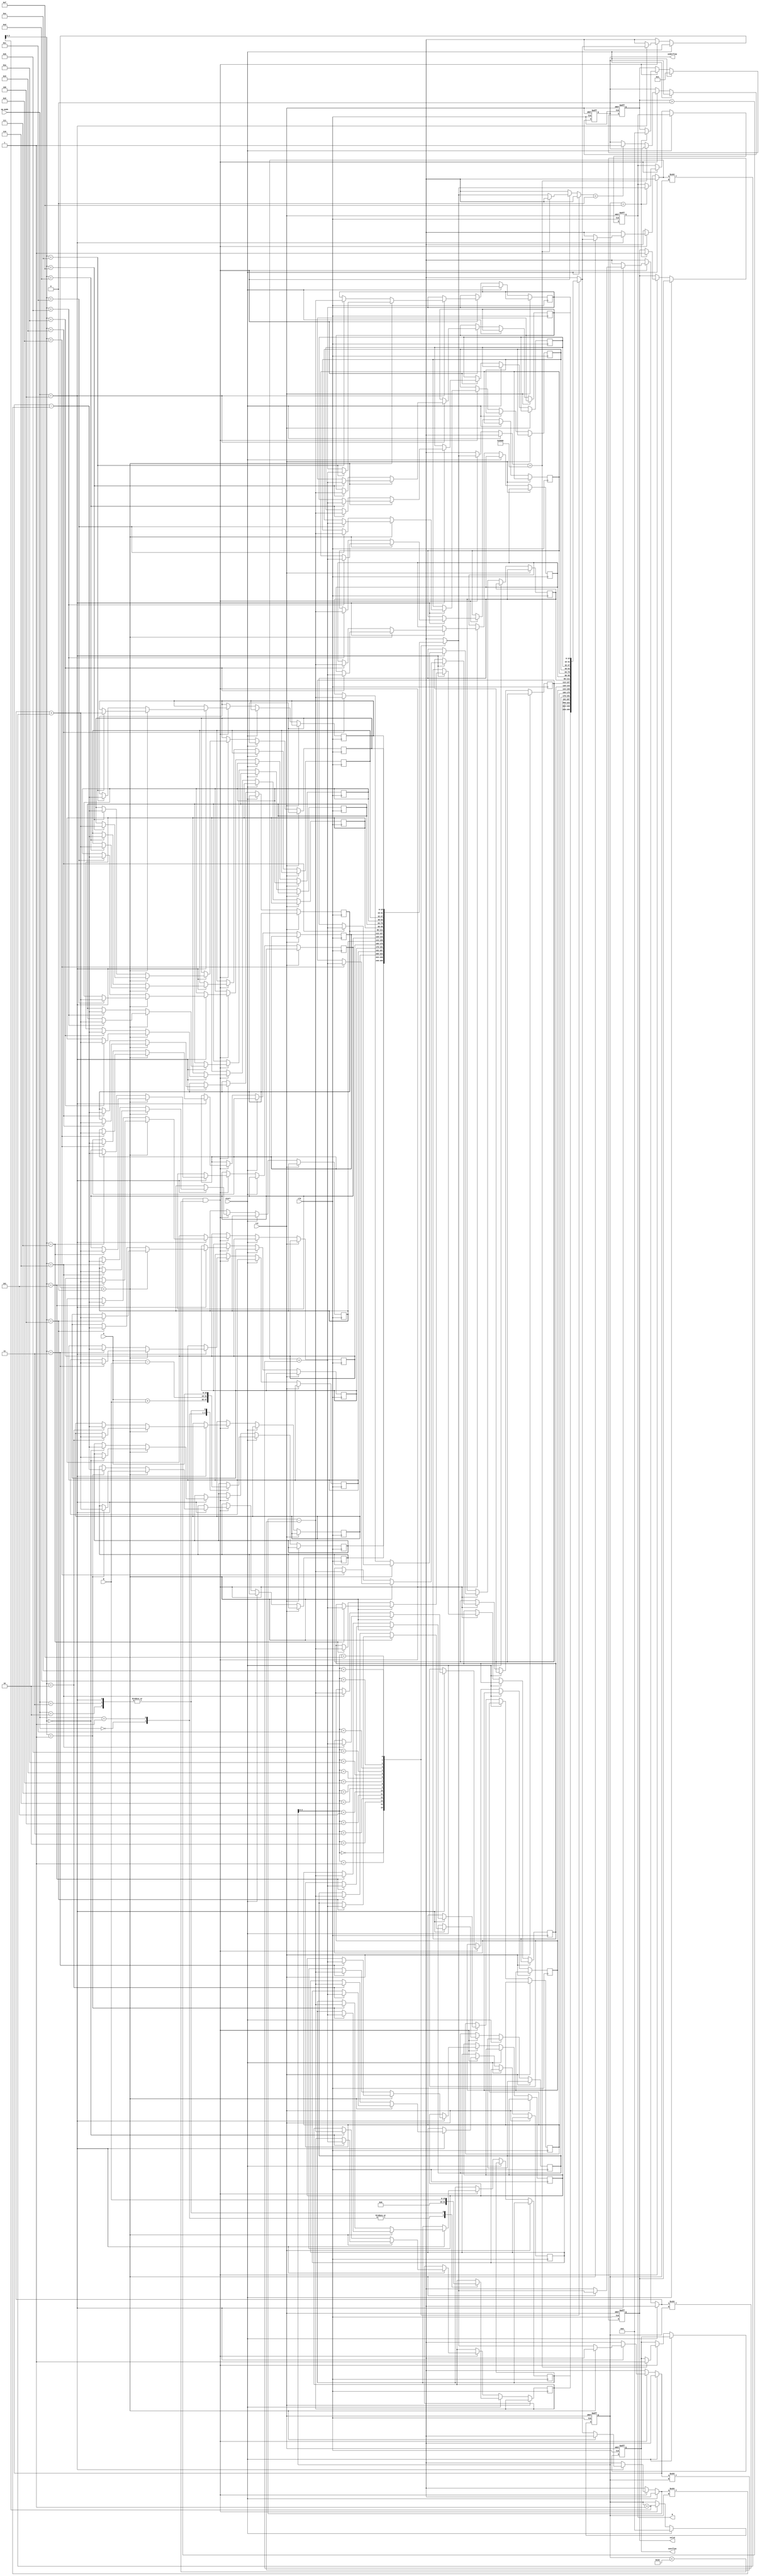
module unified_cordic #(
    parameter WIDTH = 16,                // Bit-width for fixed-point representation
    parameter ITERATIONS = 16,           // Number of CORDIC iterations
    parameter ANGLE_WIDTH = 16           // Bit-width for angle representation
)(
    input wire clk,
    input wire rst,
    input wire [WIDTH-1:0] A,            // Input operand A
    input wire [WIDTH-1:0] B,            // Input operand B
    input wire [2:0] op_mode,             // Operation mode: 0=add, 1=sub, 2=mul, 3=div, 4=rotate
    input wire start,                     // Start signal
    output reg [WIDTH-1:0] R,            // Result output
    output reg valid,                     // Result valid flag
    output reg overflow,                  // Overflow flag
    output reg underflow                  // Underflow flag
);

// Internal signals
reg [WIDTH-1:0] x[0:ITERATIONS-1];      // X values
reg [WIDTH-1:0] y[0:ITERATIONS-1];      // Y values
reg [ANGLE_WIDTH-1:0] angles[0:ITERATIONS-1]; // Angle lookup table
reg [4:0] state;                        // State variable
reg [4:0] count;                        // Iteration counter

// Initialize angle lookup table (arctan values)
initial begin
    angles[0] = 16'h2000; // 0.5 in Q15 format
    angles[1] = 16'h1C71; // atan(1/2) in Q15 format
    angles[2] = 16'h1780; // atan(1/4) in Q15 format
    // ... (initialize other angles)
end

// Control unit and CORDIC engine
always @(posedge clk or posedge rst) begin
    if (rst) begin
        state <= 0;
        count <= 0;
        R <= 0;
        valid <= 0;
        overflow <= 0;
        underflow <= 0;
    end else if (start) begin
        // Initialize x and y based on operation mode
        case (op_mode)
            3'b000: begin // Addition
                x[0] <= A + B;
                y[0] <= 0;
            end
            3'b001: begin // Subtraction
                x[0] <= A - B;
                y[0] <= 0;
            end
            3'b010: begin // Multiplication
                x[0] <= A;
                y[0] <= B;
            end
            3'b011: begin // Division
                x[0] <= A;
                y[0] <= B;
            end
            3'b100: begin // Rotation
                x[0] <= A;
                y[0] <= B;
            end
        endcase
        count <= 0;
        state <= 1; // Move to the first iteration
    end else if (state > 0 && count < ITERATIONS) begin
        // CORDIC iteration logic
        // Perform rotation/vectoring based on the operation mode
        // Update x and y values
        // Example for the first iteration
        if (op_mode == 3'b100) begin // Rotation
            if (y[count] < 0) begin
                x[count + 1] <= x[count] + (y[count] >>> count);
                y[count + 1] <= y[count] + (x[count] >>> count);
            end else begin
                x[count + 1] <= x[count] - (y[count] >>> count);
                y[count + 1] <= y[count] - (x[count] >>> count);
            end
        end
        // Increment iteration count
        count <= count + 1;
        
        // Check for overflow/underflow conditions
        // (This is a simplified example; real checks would depend on the operation)
        if (x[count] > {1'b1, {WIDTH-1{1'b0}}}) begin
            overflow <= 1;
        end else if (x[count] < {1'b0, {WIDTH-1{1'b0}}}) begin
            underflow <= 1;
        end
        
        // Final result assignment
        if (count == ITERATIONS - 1) begin
            R <= x[count]; // Assign final result
            valid <= 1;    // Set valid flag
            state <= 0;    // Reset state
        end
    end
end

endmodule